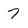
Character: 7